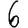
Digit: 6